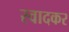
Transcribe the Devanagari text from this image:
स्वादकर